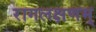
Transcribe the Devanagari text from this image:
रागलक्षणम्